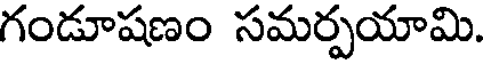
గండూషణం సమర్పయామి.